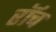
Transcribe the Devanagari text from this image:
रॉच